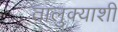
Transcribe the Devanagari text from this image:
तालुक्‍याशी